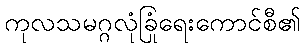
ကုလသမဂ္ဂလုံခြုံရေးကောင်စီ၏